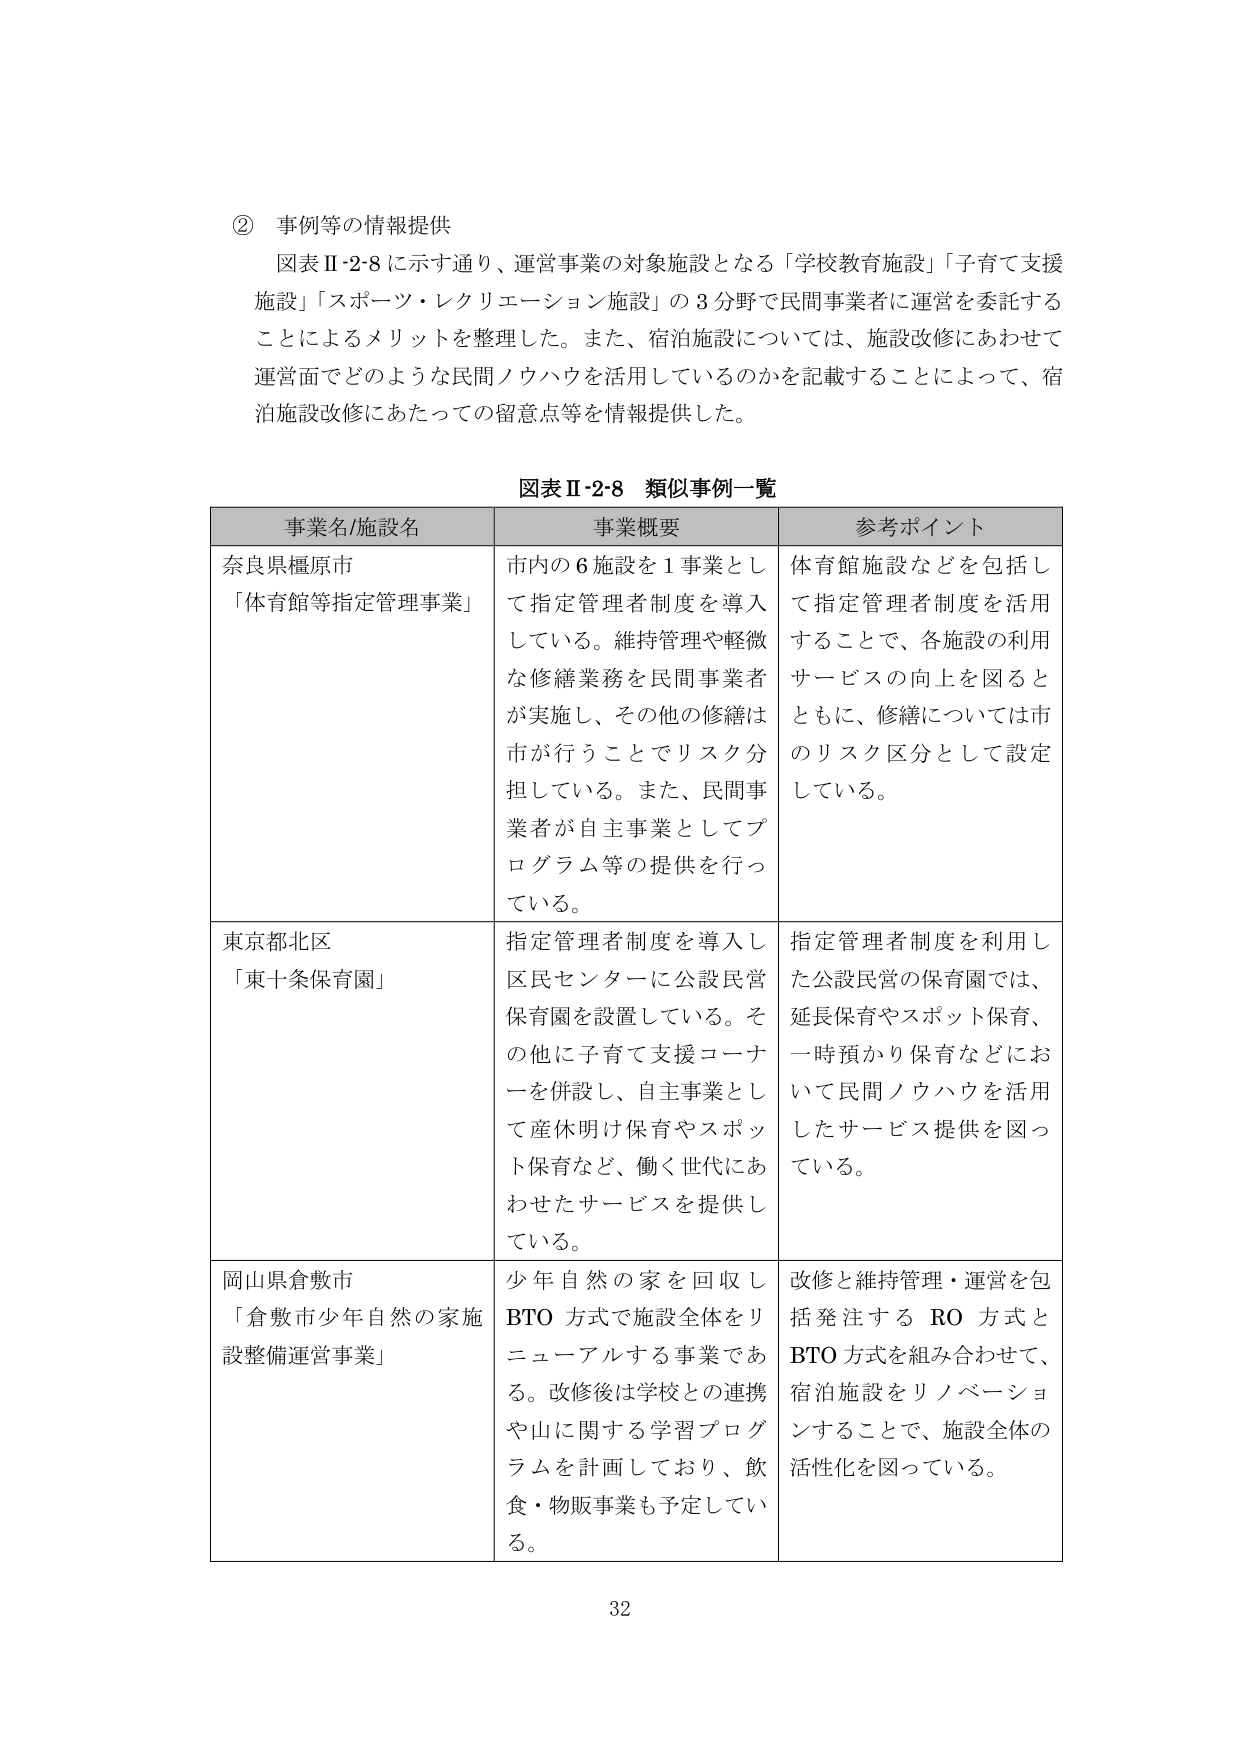
② 事例等の情報提供
図表Ⅱ-2-8 に示す通り、運営事業の対象施設となる「学校教育施設」「子育て支援施設」「スポーツ・レクリエーション施設」の3分野で民間事業者に運営を委託することによるメリットを整理した。また、宿泊施設については、施設改修にあわせて運営面でどのような民間ノウハウを活用しているのかを記載することによって、宿泊施設改修にあたっての留意点等を情報提供した。

図表Ⅱ-2-8 類似事例一覧

| 事業名/施設名 | 事業概要 | 参考ポイント |
|----------------|----------|--------------|
| 奈良県橿原市<br>「体育館等指定管理事業」 | 市内の6施設を1事業として指定管理者制度を導入している。維持管理や軽微な修繕業務を民間事業者が実施し、その他の修繕は市が行うことでリスク分担している。また、民間事業者が自主事業としてプログラム等の提供を行っている。 | 体育館施設などを包括して指定管理者制度を活用することで、各施設の利用サービスの向上を図るとともに、修繕については市のリスク区分として設定している。 |
| 東京都北区<br>「東十条保育園」 | 指定管理者制度を導入し区民センターに公設民営保育園を設置している。その他に子育て支援コーナーを併設し、自主事業として産休明け保育やスポット保育など、働く世代にあわせたサービスを提供している。 | 指定管理者制度を利用した公設民営の保育園では、延長保育やスポット保育、一時預かり保育などにおいて民間ノウハウを活用したサービス提供を図っている。 |
| 岡山県倉敷市<br>「倉敷市少年自然の家施設整備運営事業」 | 少年自然の家を回収しBTO方式で施設全体をリニューアルする事業である。改修後は学校との連携や山に関する学習プログラムを計画しており、飲食・物販事業も予定している。 | 改修と維持管理・運営を包括発注するRO方式とBTO方式を組み合わせて、宿泊施設をリノベーションすることで、施設全体の活性化を図っている。 |

32